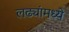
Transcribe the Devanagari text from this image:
लढ्यांमध्ये